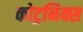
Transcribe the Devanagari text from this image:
कोट्रनिक्स